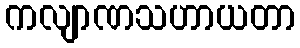
ကလျာဏသဟာယတာ